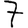
Digit: 7